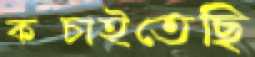
কপ্‌চাইতেছি